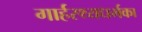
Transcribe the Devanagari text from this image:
गार्हस्थ्यधर्मका